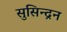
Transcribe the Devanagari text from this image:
सुसिन्द्रन